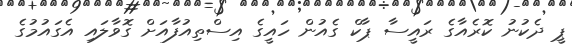
ޕީ ދެކުނު ކޮރެއާގެ ރައީސާ ޕާކް ގެއުން ހައީގެ އިސްތިއުފާއަށް ގޮވާލައި އެގައުމުގެ